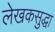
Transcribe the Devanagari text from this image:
लेखकसुद्धा